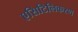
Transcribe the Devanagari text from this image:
एसिटिलिकरण